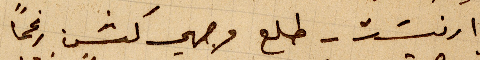
ارنست - طلع وجهي كشر رغمًا